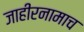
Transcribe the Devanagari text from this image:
जाहीरनामाच